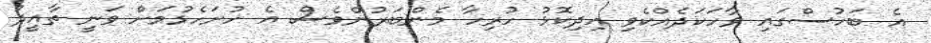
އެ ބަހުސްގައި ވާހަކަދެއްކެވި އިދިކޮޅު ހުރިހާ މެންބަރުންވެސް އެ ހުށަހެޅުމަށް ވަނީ ތާއީދު